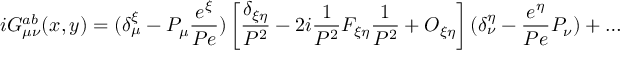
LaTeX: i G _ { \mu \nu } ^ { a b } ( x , y ) = ( \delta _ { \mu } ^ { \xi } - { \cal P } _ { \mu } \frac { e ^ { \xi } } { { \cal P } e } ) \left[ \frac { \delta _ { \xi \eta } } { { \cal P } ^ { 2 } } - 2 i \frac { 1 } { { \cal P } ^ { 2 } } F _ { \xi \eta } \frac { 1 } { { \cal P } ^ { 2 } } + { \cal O } _ { \xi \eta } \right] ( \delta _ { \nu } ^ { \eta } - \frac { e ^ { \eta } } { { \cal P } e } { \cal P } _ { \nu } ) + \ldots